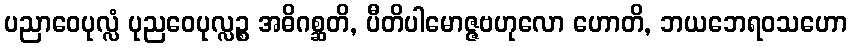
ပညာဝေပုလ္လံ ပုညဝေပုလ္လဉ္စ အဓိဂစ္ဆတိ, ပီတိပါမောဇ္ဇဗဟုလော ဟောတိ, ဘယဘေရဝသဟော